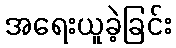
အရေးယူခဲ့ခြင်း